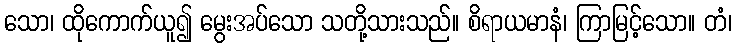
သော၊ ထိုကောက်ယူ၍ မွေးအပ်သော သတို့သားသည်။ စိရာယမာနံ၊ ကြာမြင့်သော။ တံ၊